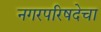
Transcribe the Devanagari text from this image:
नगरपरिषदेचा